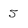
Character: 5